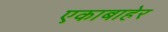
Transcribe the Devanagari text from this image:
एकाबाहेर